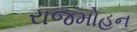
રાજમોહન